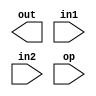
// Basic bit definitions
`define DATA		[15:0]
`define ADDRESS		[15:0]
`define SIZE		[65535:0]
`define INSTRUCTION	[15:0]
`define OP		[15:10]
`define OP8		[15:12]
`define OPPUSH		[14]
`define OP8IMM		[15]
`define SRCTYPE		[9:8]
`define DESTREG		[3:0]
`define SRCREG		[7:4]
`define SRC8		[11:4]
`define STATE		[6:0]
`define REGS		[15:0]
`define OPERATION_BITS 	[6:0]
`define REGSIZE		[15:0]

//Op values
`define OPsys					6'b000000
`define OPcom					6'b000001
`define OPadd					6'b000010
`define OPsub					6'b000011
`define OPxor					6'b000100
`define OPex					6'b000101
`define OProl					6'b000110
`define OPbzjz					6'b001000
`define OPbnzjnz 				6'b001001
`define OPbnjn					6'b001010
`define OPbnnjnn 				6'b001011
`define OPjerr					6'b001110
`define OPfail					6'b001111
`define OPland					6'b010000
`define OPshr					6'b010001
`define OPor					6'b010010
`define OPand					6'b010011
`define OPdup					6'b010100
// 8-bit immediate
`define OPxhi					4'b1000
`define OPxlo					4'b1010
`define OPlhi					4'b1100
`define OPllo					4'b1110

//State values
`define Start					7'b1000000
`define Decode					7'b1100000
`define Decode2 				7'b1100001
`define DecodeI8 				7'b1100010
`define Nop					7'b1000010
`define SrcType					7'b1001000
`define SrcRegister				7'b1001001
`define SrcI4					7'b1001010
`define SrcI8 					7'b1001011
`define SrcMem					7'b1001100
`define OPex2					7'b1010000
`define OPex3					7'b1010001
`define Done					6'b111101

module ALU(out, in1, in2, op);
parameter BITS = 16;
output [BITS-1:0] out;
input `REGSIZE in1, in2;
input `OPERATION_BITS op;
reg `REGSIZE a;
reg `REGSIZE temp;
always @(in1 or in2 or op) begin #1
	case(op)
		`OPadd: begin a <= in1 + in2; end
		`OPsub: begin a <= in1 - in2; end
		`OPxor: begin a <= in1 ^ in2; end
		`OProl: begin	a <= {in1 << in2, in1 >> (BITS - in2)}; end
        endcase
end

endmodule

module processor(halt, reset, clk);
output reg halt;
input reset, clk;

reg `DATA reglist `REGSIZE;
reg `DATA datamem `SIZE;
reg `INSTRUCTION instrmem `SIZE;
reg `DATA pc = 0;
reg `INSTRUCTION ir;
reg `STATE s, sLA;
reg `DATA destreg, passreg;
wire `DATA aluout;

ALU opalu(aluout, destreg, passreg, s);

always @(reset) begin
	halt <= 0;
	pc <= 0;
	s <= `Start;
//Setting initial values
        $readmemh0(reglist); //Registers
	$readmemh1(datamem); //Data
	$readmemh2(instrmem); //Instructions
end

always @(posedge clk) begin
	case(s)
		`Start: begin
			ir <= instrmem[pc];
			s <= `Decode;
			end

		`Decode: begin
			// Change to if statement to combine states?
			if (ir `OP8IMM)
				s <= `DecodeI8;
			else
				s <= `Decode2;

			pc <= pc + 1;
			end


		// Regular Instruction
		`Decode2: begin
			// Grab the next state
			case (ir `OP)
				`OPland: s <= `Nop;
				`OPcom: s <= `Nop;
				`OPjerr: s <= `Nop;
				`OPfail: s <= `Done;
				`OPsys: s <= `Done;
				`OPex: begin reglist[12] <= reglist[ir `DESTREG]; s <= `OPex2; end	
				`OPbzjz: s <= `OPbzjz;
				`OPbnjn: s<= `OPbnjn;
				`OPbnnjnn: s<= `OPbnnjnn;
				`OPbnzjnz: s<= `OPbnzjnz;
				default case (ir `SRCTYPE)
					`SrcRegister: s <= `SrcRegister;
					`SrcI4:  s <= `SrcI4;
					`SrcMem: s <= `SrcMem;
					default: s <= `Start;
				endcase
			endcase

			sLA <= ir `OP;
			end

		// I8 instruction
		`DecodeI8: begin
			if ( ir `OP8IMM)
			begin
				case (ir `OP8)
					`OPxhi: sLA <= `OPxhi;
					`OPxlo: sLA <= `OPxlo;
					`OPlhi: sLA <= `OPlhi;
					`OPllo: sLA <= `OPllo;
					default: halt <= 1;
				endcase
			end

			s <= `SrcI8;
			end

		// Begin Src States

		`SrcRegister: begin
			passreg <= reglist[ir `SRCREG];
			s <= sLA;
			end

		`SrcI4: begin
			passreg <= ir `SRCREG;
			s <= sLA;
			end
		`SrcI8: begin
			passreg <= ir `SRC8;
			s <= sLA;
			end
		`SrcMem: begin
			// Too much in one cycle??
			passreg <= datamem[reglist[ir `SRCREG]];
			s <= sLA;
			end


		// Begin OPCODE States

		`Nop: s <= `Start;
		`OPex2: begin reglist[ir `DESTREG] <= datamem[reglist[ir `SRCREG]]; s <= `OPex3; end
		`OPex3: begin datamem[reglist[ir `SRCREG]] <= reglist[12]; s <= `Start; end
		`OPbzjz: begin if(reglist[ir `DESTREG]==0) pc <= pc+passreg; s<= `Start; end
		`OPbnzjnz: begin if(reglist[ir `DESTREG]!=0) pc<= pc+passreg; s<= `Start; end
		`OPbnjn: begin if(reglist[ir `DESTREG]<0) pc<= pc+passreg; s<= `Start; end
		`OPbnnjnn: begin if(reglist[ir `DESTREG]>=0) pc<= pc+passreg; s<= `Start; end
		default: begin
			halt <= 1;
			end
		endcase
end

endmodule

module testbench;
reg reset = 0;
reg clk = 0;
wire halt;

processor PE(halt, reset, clk);

initial begin
	$dumpfile;
	$dumpvars(0, PE);
	#10 reset = 1;
	#10 reset = 0;
	while (!halt) begin
		#10 clk = 1;
		#10 clk = 0;
	end
	$finish;
end
endmodule